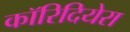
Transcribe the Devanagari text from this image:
कॉरिदियेरा